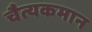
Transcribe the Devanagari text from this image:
चैत्यकमान